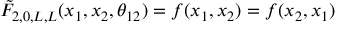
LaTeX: \tilde { F } _ { 2 , 0 , L , L } ( x _ { 1 } , x _ { 2 } , \theta _ { 1 2 } ) = f ( x _ { 1 } , x _ { 2 } ) = f ( x _ { 2 } , x _ { 1 } )